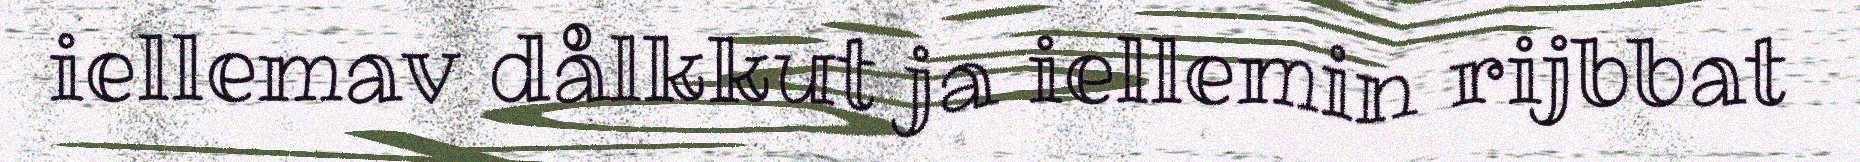
iellemav dålkkut ja iellemin rijbbat